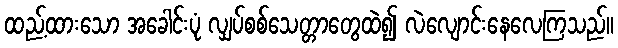
ထည့်ထားသော အခေါင်းပုံ လျှပ်စစ်သေတ္တာတွေထဲ၍ လဲလျောင်းနေလေကြသည်။